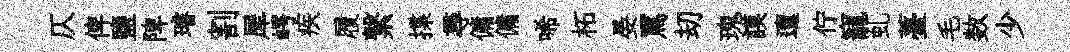
仄俾鹽陴璿割犀崿疾履繋揲尋傭傭唏柘晏罵刧瑰謨邅佇寵虬薹毛数少